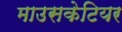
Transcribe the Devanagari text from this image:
माउसकेटियर